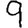
Digit: 9